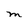
Character: M